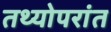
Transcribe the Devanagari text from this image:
तथ्योपरांत